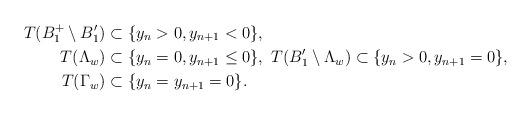
LaTeX: \begin{align*}T(B_1^+\setminus B'_1)&\subset \{y_n>0, y_{n+1}<0\},\\T(\Lambda_w)&\subset\{y_n=0, y_{n+1}\leq 0\}, \ T(B'_1\setminus \Lambda_w)\subset \{y_n>0, y_{n+1}=0\},\\T(\Gamma_w)&\subset\{y_n=y_{n+1}=0\}.\end{align*}